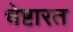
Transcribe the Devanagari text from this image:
चेष्टारत